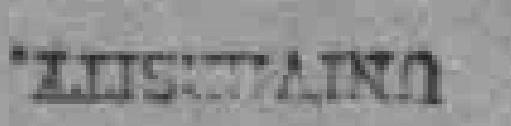
ZUSTAINO